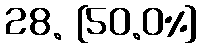
28. {50.0%}